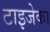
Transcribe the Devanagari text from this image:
टाइजेका